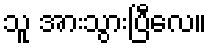
သူ အားသွားပြီလေ။